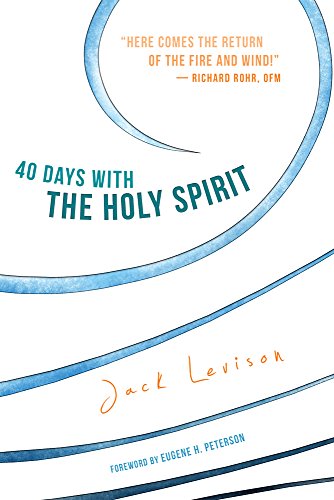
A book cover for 40 Days with the Holy Spirit: Fresh Air for Every Day; Jack Levison; Christian Books & Bibles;